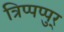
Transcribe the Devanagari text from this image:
त्रिप्पप्पुर्